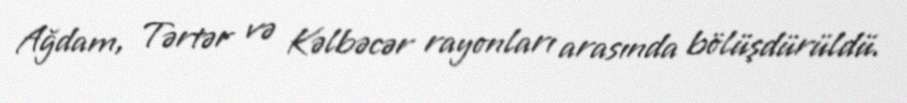
Ağdam, Tərtər və Kəlbəcər rayonları arasında bölüşdürüldü.